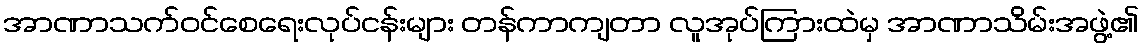
အာဏာသက်ဝင်စေရေးလုပ်ငန်းများ တန်ကာကျတာ လူအုပ်ကြားထဲမှ အာဏာသိမ်းအဖွဲ့၏